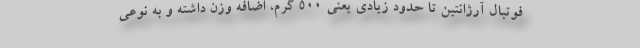
فوتبال آرژانتین تا حدود زیادی یعنی ۵۰۰ گرم، اضافه وزن داشته و به نوعی